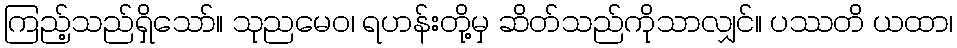
ကြည့်သည်ရှိသော်။ သုညမေဝ၊ ရဟန်းတို့မှ ဆိတ်သည်ကိုသာလျှင်။ ပဿတိ ယထာ၊